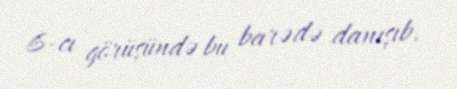
6-cı görüşündə bu barədə danışıb.